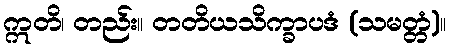
ဣတိ၊ တည်း။ တတိယသိက္ခာပဒံ (သမတ္တံ)။